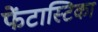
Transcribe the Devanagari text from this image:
फेंटास्टिका